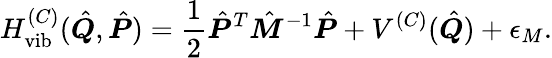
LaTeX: H_{\textrm{vib}}^{(C)}(\hat{\boldsymbol{Q}},\hat{\boldsymbol{P}})=\frac{1}{2}\hat{\boldsymbol{P}}^{T}\hat{\boldsymbol{M}}^{-1}\hat{\boldsymbol{P}}+V^{(C)}(\hat{\boldsymbol{Q}})+\epsilon_{M}.